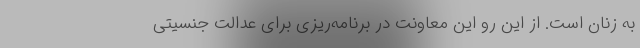
به زنان است. از این رو این معاونت در برنامه‌ریزی برای عدالت جنسیتی